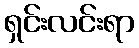
ရှင်းလင်းရာ